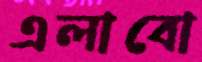
এলাবো